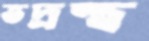
ভদ্রস্থ